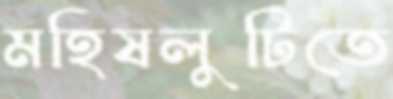
মহিষলুটিতে